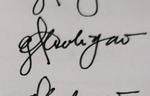
Signature authenticity: genuine